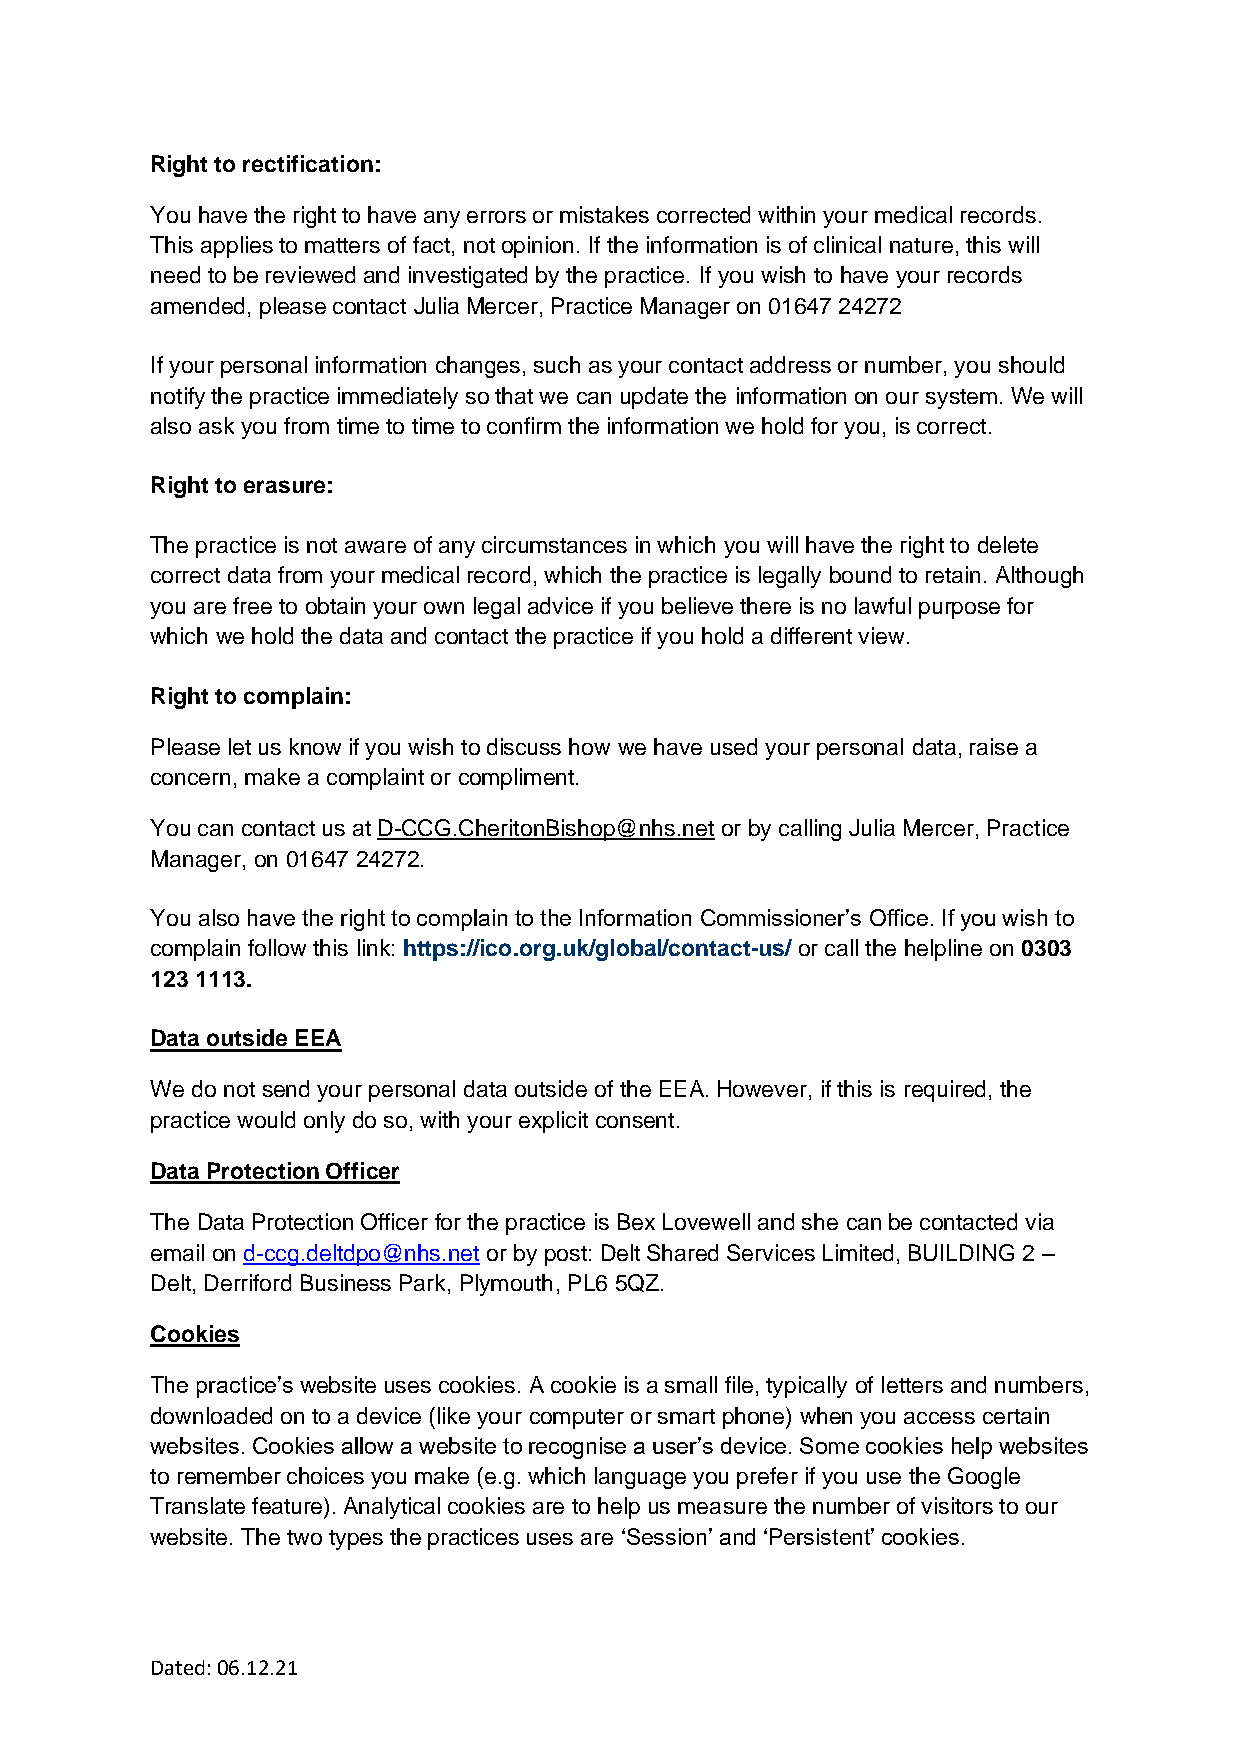
Right to rectification:
 You have the right to have any errors or mistakes corrected within your medical records.
 This applies to matters of fact, not opinion. If the information is of clinical nature, this will
 need to be reviewed and investigated by the practice. If you wish to have your records
 amended, please contact Julia Mercer, Practice Manager on 01647 24272
 If your personal information changes, such as your contact address or number, you should
 notify the practice immediately so that we can update the information on our system. We will
 also ask you from time to time to confirm the information we hold for you, is correct.
 Right to erasure:
 The practice is not aware of any circumstances in which you will have the right to delete
 correct data from your medical record, which the practice is legally bound to retain. Although
 you are free to obtain your own legal advice if you believe there is no lawful purpose for
 which we hold the data and contact the practice if you hold a different view.
 Right to complain:
 Please let us know if you wish to discuss how we have used your personal data, raise a
 concern, make a complaint or compliment.
 You can contact us at D-CCG.CheritonBishop@nhs.net or by calling Julia Mercer, Practice
 Manager, on 01647 24272.
 You also have the right to complain to the Information Commissioner’s Office. If you wish to
 complain follow this link: https://ico.org.uk/global/contact-us/ or call the helpline on 0303
 123 1113.
 Data outside EEA
 We do not send your personal data outside of the EEA. However, if this is required, the
 practice would only do so, with your explicit consent.
 Data Protection Officer
 The Data Protection Officer for the practice is Bex Lovewell and she can be contacted via
 email on d-ccg.deltdpo@nhs.net or by post: Delt Shared Services Limited, BUILDING 2 –
 Delt, Derriford Business Park, Plymouth, PL6 5QZ.
 Cookies
 The practice’s website uses cookies. A cookie is a small file, typically of letters and numbers,
 downloaded on to a device (like your computer or smart phone) when you access certain
 websites. Cookies allow a website to recognise a user’s device. Some cookies help websites
 to remember choices you make (e.g. which language you prefer if you use the Google
 Translate feature). Analytical cookies are to help us measure the number of visitors to our
 website. The two types the practices uses are ‘Session’ and ‘Persistent’ cookies.
 Dated: 06.12.21